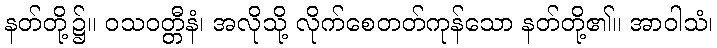
နတ်တို့၌။ ဝသဝတ္တီနံ၊ အလိုသို့ လိုက်စေတတ်ကုန်သော နတ်တို့၏။ အာဝါသံ၊